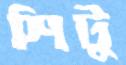
শিটু